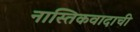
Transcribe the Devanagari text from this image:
नास्तिकवादाची